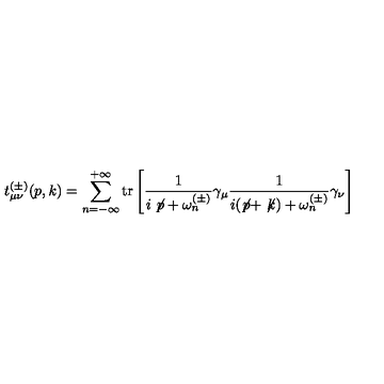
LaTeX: t _ { \mu \nu } ^ { ( \pm ) } ( p , k ) = \sum _ { n = - \infty } ^ { + \infty } \mathrm { t r } \left[ \frac { 1 } { i \not \! p + \omega _ { n } ^ { ( \pm ) } } \gamma _ { \mu } \frac { 1 } { i ( \not \! p + \not \! k ) + \omega _ { n } ^ { ( \pm ) } } \gamma _ { \nu } \right]